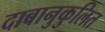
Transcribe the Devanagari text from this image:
दाबानुकुलित